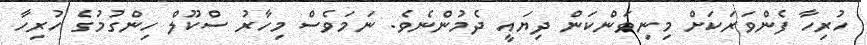
ހުރިހާ ފެންވަރަކަށް މިނިވަންކަން ދިޔައީ ދެމުންނެވެ. ނަމަވެސް މިހާރު ސްކޫލް ހިންގުމުގެ ހުރިހާ